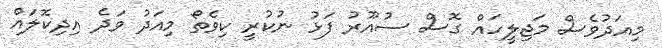
މިއަދުވެސް މަޖިލީހައް ގޮސް ސުއޫރު ފަޅު ނުކުރީ ކިވެތޯ މިއަދު ވަދެ އިދިކޮލައް